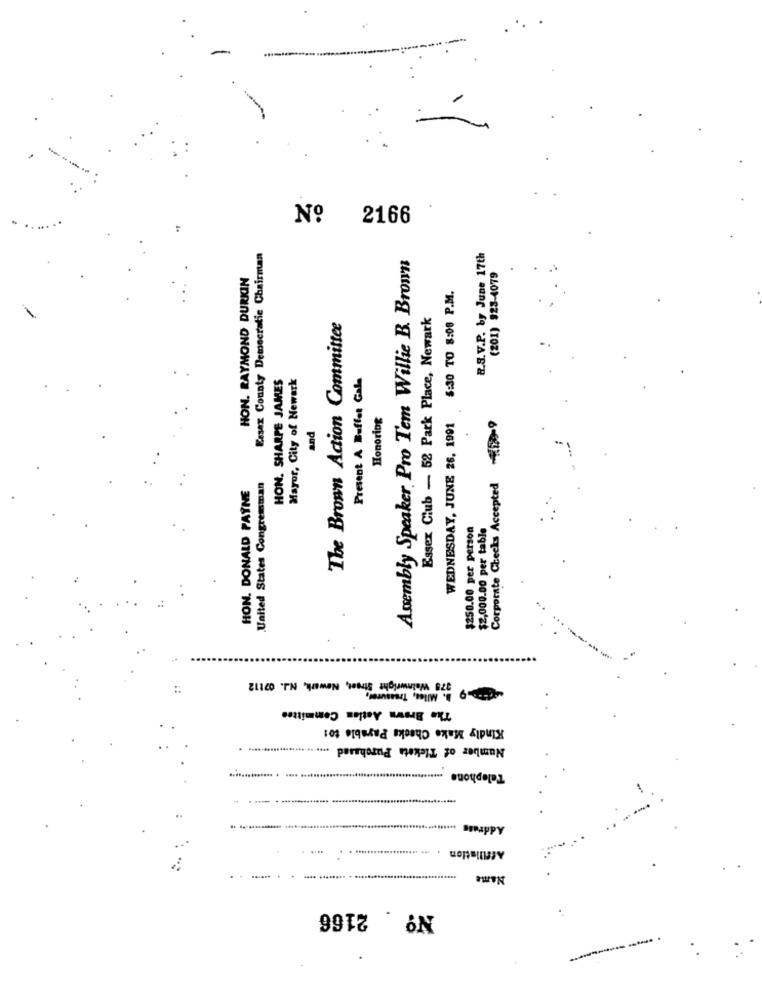
Nº
2166
Essex County Democratie Chairman
Assembly Speaker Pro Tem Willie B. Brown
B.S.V.P. by June 17th
(201) 923-4079
HON. RAYMOND DURKIN
WEDNESDAY, JUNE 26, 1991 5:30 TO 8:00 P.M.
Essex Club - 52 Park Place, Newark
The Brown Action Committee
HON. SHARPE JAMES
Mayor, City of Newark
Present A Buffet Gala
Honoring
and
Corporate Checks Accepted
HON. DONALD PAYNE
United States Congremman
$250.00 per person
$2,000.00 per table
375 Wainwright Street, Newark, N.J. 07112
B. Milea, Treasurer,
The Brown Action Committee
Kindly Make Checks Payable to:
Number of Tickets Purchased
Telephone
4.4
Address .................................
.
Affiliation . ... ................
Name
No.2166